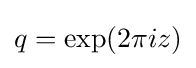
q=\exp(2\pi iz)